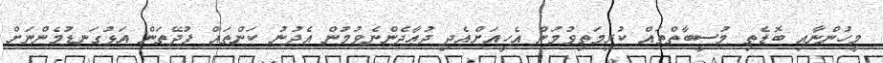
މީހުންނާއި ބޮޑެތި މުސީބާތްތައް ކުރިމަތިވުމުން އެހީއަށްއެދި ދުޢާދެންނެވުމުން އެދުނު ކަންތައް ފުދޭތަން އަޅުގަނޑުމެންނަށް